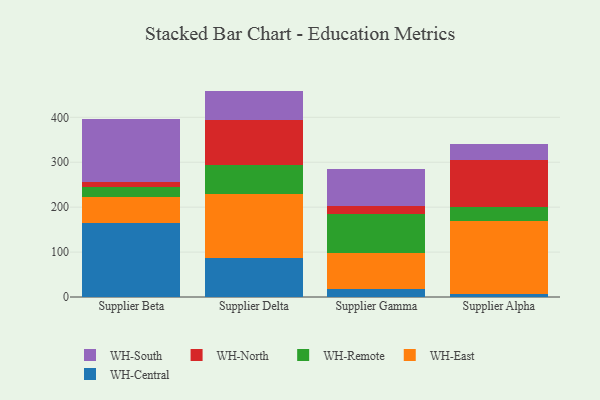
{"axis": {"x": "Supplier", "y": "Humidity (%)"}, "legend": ["WH-Central", "WH-East", "WH-North", "WH-Remote", "WH-South"], "data": [{"x": "Supplier Beta", "y": 165.0, "type": "WH-Central"}, {"x": "Supplier Beta", "y": 58.7, "type": "WH-East"}, {"x": "Supplier Beta", "y": 21.3, "type": "WH-Remote"}, {"x": "Supplier Beta", "y": 11.1, "type": "WH-North"}, {"x": "Supplier Beta", "y": 140.5, "type": "WH-South"}, {"x": "Supplier Delta", "y": 87.4, "type": "WH-Central"}, {"x": "Supplier Delta", "y": 141.4, "type": "WH-East"}, {"x": "Supplier Delta", "y": 65.3, "type": "WH-Remote"}, {"x": "Supplier Delta", "y": 99.9, "type": "WH-North"}, {"x": "Supplier Delta", "y": 64.9, "type": "WH-South"}, {"x": "Supplier Gamma", "y": 18.5, "type": "WH-Central"}, {"x": "Supplier Gamma", "y": 79.0, "type": "WH-East"}, {"x": "Supplier Gamma", "y": 87.5, "type": "WH-Remote"}, {"x": "Supplier Gamma", "y": 17.1, "type": "WH-North"}, {"x": "Supplier Gamma", "y": 82.2, "type": "WH-South"}, {"x": "Supplier Alpha", "y": 6.2, "type": "WH-Central"}, {"x": "Supplier Alpha", "y": 164.1, "type": "WH-East"}, {"x": "Supplier Alpha", "y": 29.1, "type": "WH-Remote"}, {"x": "Supplier Alpha", "y": 104.9, "type": "WH-North"}, {"x": "Supplier Alpha", "y": 35.2, "type": "WH-South"}]}